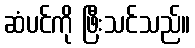
ဆံပင်ကို ဖြီးသင်သည်။